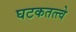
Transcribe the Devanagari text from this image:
घटकतत्त्वे